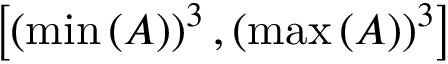
\left[ \left( \operatorname* { m i n } \left( A \right) \right) ^ { 3 } , \left( \operatorname* { m a x } \left( A \right) \right) ^ { 3 } \right]